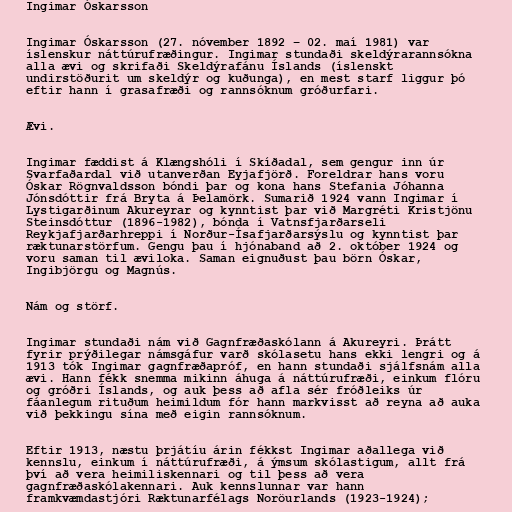
Ingimar Óskarsson

Ingimar Óskarsson (27. nóvember 1892 – 02. maí 1981) var
íslenskur náttúrufræðingur. Ingimar stundaði skeldýrarannsókna
alla ævi og skrifaði Skeldýrafánu Íslands (íslenskt
undirstöðurit um skeldýr og kuðunga), en mest starf liggur þó
eftir hann í grasafræði og rannsóknum gróðurfari.

Ævi.

Ingimar fæddist á Klængshóli í Skíðadal, sem gengur inn úr
Svarfaðardal við utanverðan Eyjafjörð. Foreldrar hans voru
Óskar Rögnvaldsson bóndi þar og kona hans Stefania Jóhanna
Jónsdóttir frá Bryta á Þelamörk. Sumarið 1924 vann Ingimar í
Lystigarðinum Akureyrar og kynntist þar við Margréti Kristjönu
Steinsdóttur (1896-1982), bónda í Vatnsfjarðarseli
Reykjafjarðarhreppi í Norður-Ísafjarðarsýslu og kynntist þar
ræktunarstörfum. Gengu þau í hjónaband að 2. október 1924 og
voru saman til æviloka. Saman eignuðust þau börn Óskar,
Ingibjörgu og Magnús.

Nám og störf.

Ingimar stundaði nám við Gagnfræðaskólann á Akureyri. Þrátt
fyrir prýðilegar námsgáfur varð skólasetu hans ekki lengri og á
1913 tók Ingimar gagnfræðapróf, en hann stundaði sjálfsnám alla
ævi. Hann fékk snemma mikinn áhuga á náttúrufræði, einkum flóru
og gróðri Íslands, og auk þess að afla sér fróðleiks úr
fáanlegum rituðum heimildum fór hann markvisst að reyna að auka
við þekkingu sína með eigin rannsóknum.

Eftir 1913, næstu þrjátíu árin fékkst Ingimar aðallega við
kennslu, einkum í náttúrufræði, á ýmsum skólastigum, allt frá
því að vera heimiliskennari og til þess að vera
gagnfræðaskólakennari. Auk kennslunnar var hann
framkvæmdastjóri Ræktunarfélags Noröurlands (1923-1924);